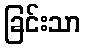
ခြင်းသာ